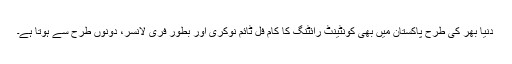
دنیا بھر کی طرح پاکستان میں بھی کونٹینٹ رائٹنگ کا کام فل ٹائم نوکری اور بطور فری لانسر، دونوں طرح سے ہوتا ہے۔